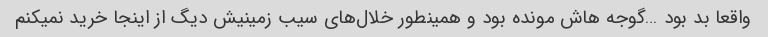
واقعا بد بود …گوجه هاش مونده بود و همینطور خلال‌های سیب زمینیش دیگ از اینجا خرید نمیکنم